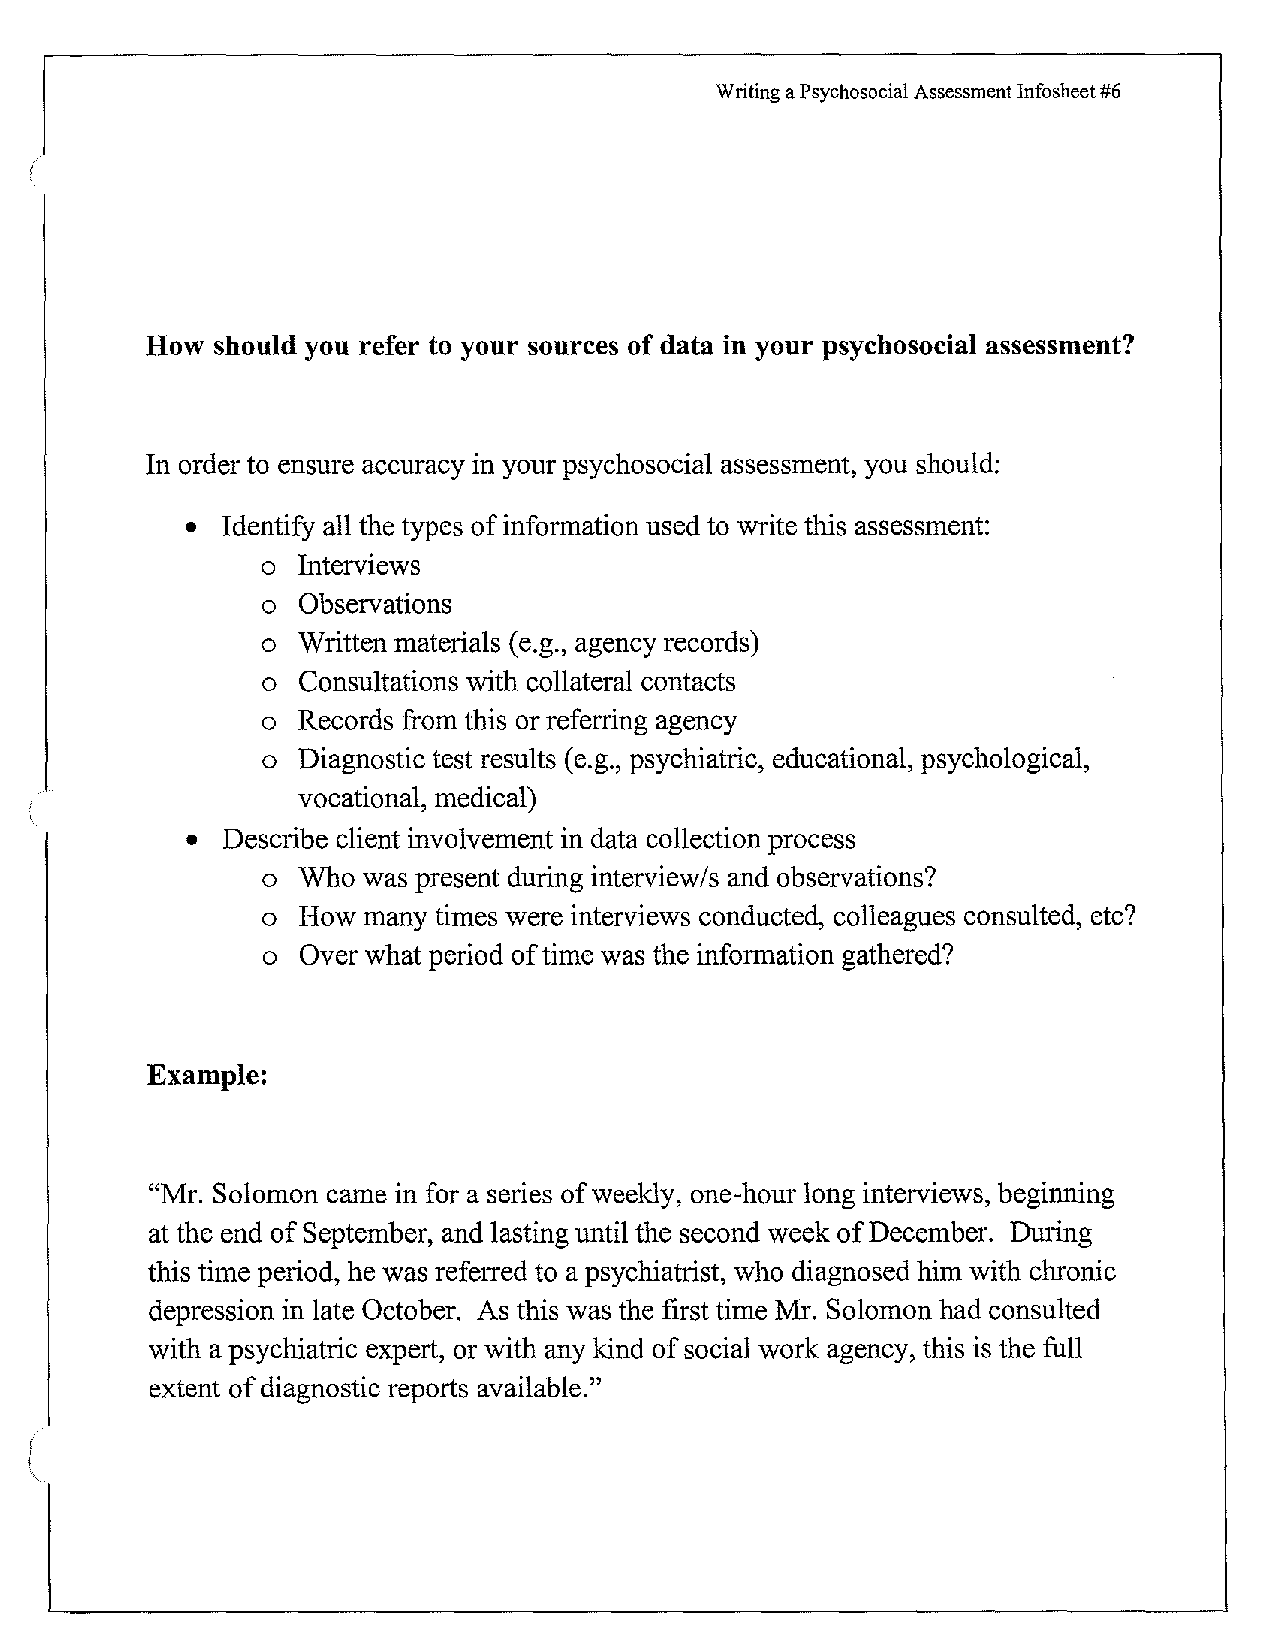
Writing a Psychosocial Assessment Infosheet #6
 How  should you refer to your sources of data in your psychosocial assessment?
 In order to ensure accuracy in your psychosocial assessment, you should:
 • Identify all the types of information used to write this assessment:
 o Interviews
 o Observations
 o Written materials (e.g., agency records)
 o Consultations with collateral contacts
 o Records from this or referring agency
 o Diagnostic test results ( e.g., psychiatric, educational, psychological,
 vocational, medical)
 • Describe client involvement in data collection process
 o Who  was present during interview/s and observations?
 o How  many times were interviews conducted, colleagues consulted, etc?
 o Over what period of time was the information gathered?
 Example:
 "Mr. Solomon came in for a series of weekly, one-hour long interviews, beginning
 at the end of September, and lasting until the second week of December. During
 this time period, he was referred to a psychiatrist, who diagnosed him with chronic
 depression in late October. As this was the first time Mr. Solomon had consulted
 with a psychiatric expert, or with any kind of social work agency, this is the full
 extent of diagnostic reports available."